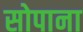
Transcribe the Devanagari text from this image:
सोपाना